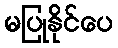
မပြုနိုင်ပေ